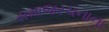
સમાજરચનાના